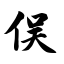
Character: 俣